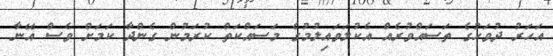
އަހަރު ދުވަހުގެ ތަސައްވުރެއް އެކުލަވައިލުމުގެ މަސައްކަތް ކުރަމުން ގެންދާ ކަމަށް ވެސް އޭނާ